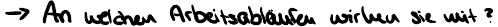
-> An welchen Arbeitsabläufen wirken sie mit?